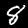
Digit: 8